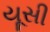
યૂસી